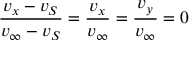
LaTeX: { \frac { v _ { x } - v _ { S } } { v _ { \infty } - v _ { S } } } = { \frac { v _ { x } } { v _ { \infty } } } = { \frac { v _ { y } } { v _ { \infty } } } = 0